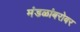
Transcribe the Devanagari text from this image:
मंडळांबरोबर